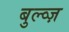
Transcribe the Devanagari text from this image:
बुल्व्ज़